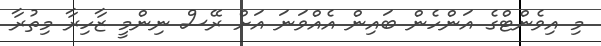
މި އިވެންޓްގެ އަންހެން ބައިން އެއްވަނަ އަށް ރޭސް ނިންމީ ޒާހިރާ މިތުރާ